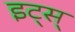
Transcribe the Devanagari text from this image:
इट्स्